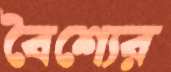
বৈশ্যের